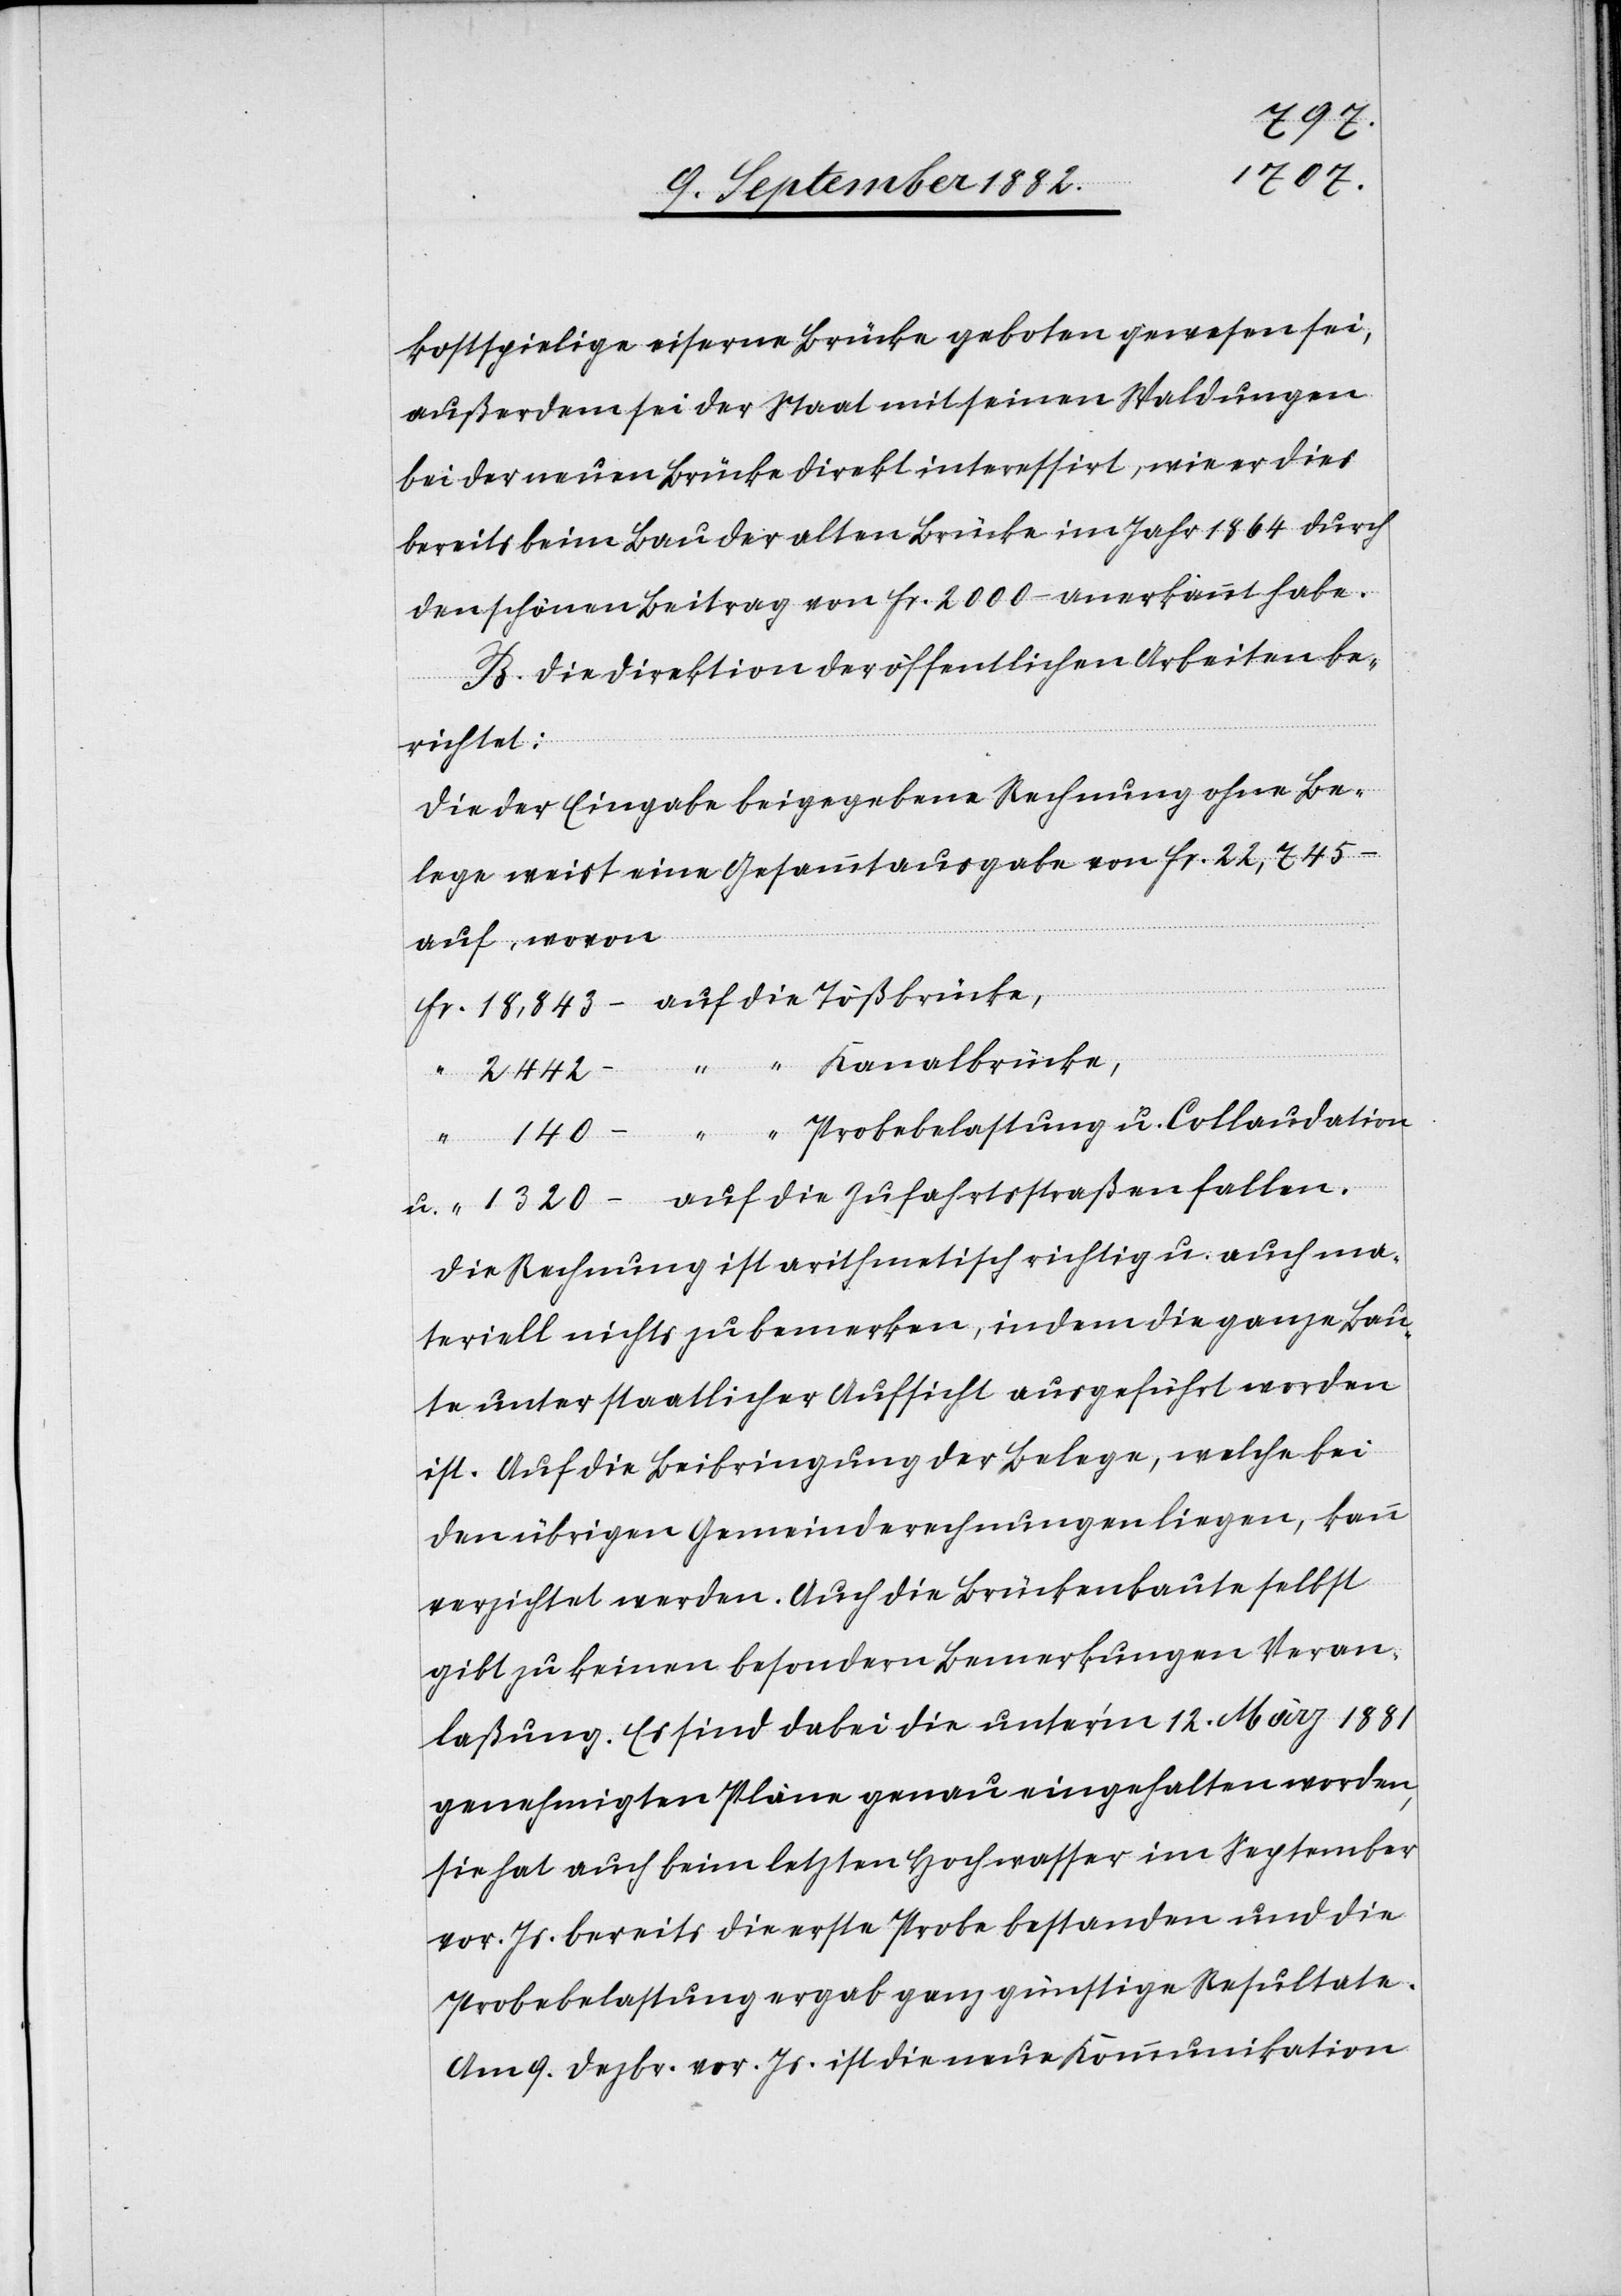
1320
18,843
kostspielige eiserne Brücke geboten gewesen sei,
außerdem sei der Staat mit seinen Waldungen
bei der neuen Brücke direkt interessirt, wie er dies
bereits beim Bau der alten Brücke im Jahr 1864 durch
den schönen Beitrag von Fr. 2000– anerkannt habe.
B. Die Direktion der öffentlichen Arbeiten be¬
richtet:
Die der Eingabe beigegebene Rechnung ohne Be¬
lege weist eine Gesammtausgabe von Fr. 22,745 –
auf, wovon,
Kanalbrücke,
“
u.
fallen.
Die Rechnung ist arithemtisch richtig u. auch ma¬
teriell nichts zu bemerken, indem die ganze Bau¬
te unter staatlicher Aufsicht ausgeführt worden
ist. Auf die Beibringung der Belege, welche bei
den übrigen Gemeinderechnungen liegen, kann
verzichtet werden. Auch die Brückenbaute selbst
gibt zu keinen besondern Bemerkungen Veran¬
laßung. Es sind dabei die unter’m 12. März 1881
genehmigten Pläne genau eingehalten worden,
sie hat auch beim letzten Hochwasser im September
vor. Js. bereits die erste Probe bestanden und die
Probebelastung ergab ganz günstige Resultate.
Am 9. Dezbr. vor. Js. ist die neue Kommunikation